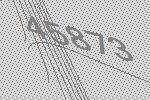
45873